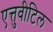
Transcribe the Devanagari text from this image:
एत्तुवीटिल